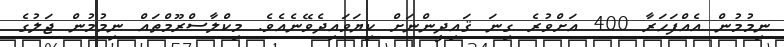
ނިމުމުން އެއްފަހަރާ 400 އަށްވުރެ ގިނަ ޤައިދީންނަށް ކިޔަވައިދެވޭނެއެވެ. މިކްލާސްރޫމްތައް ނިމުމުން ޖަލުގެ